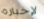
لإخباره